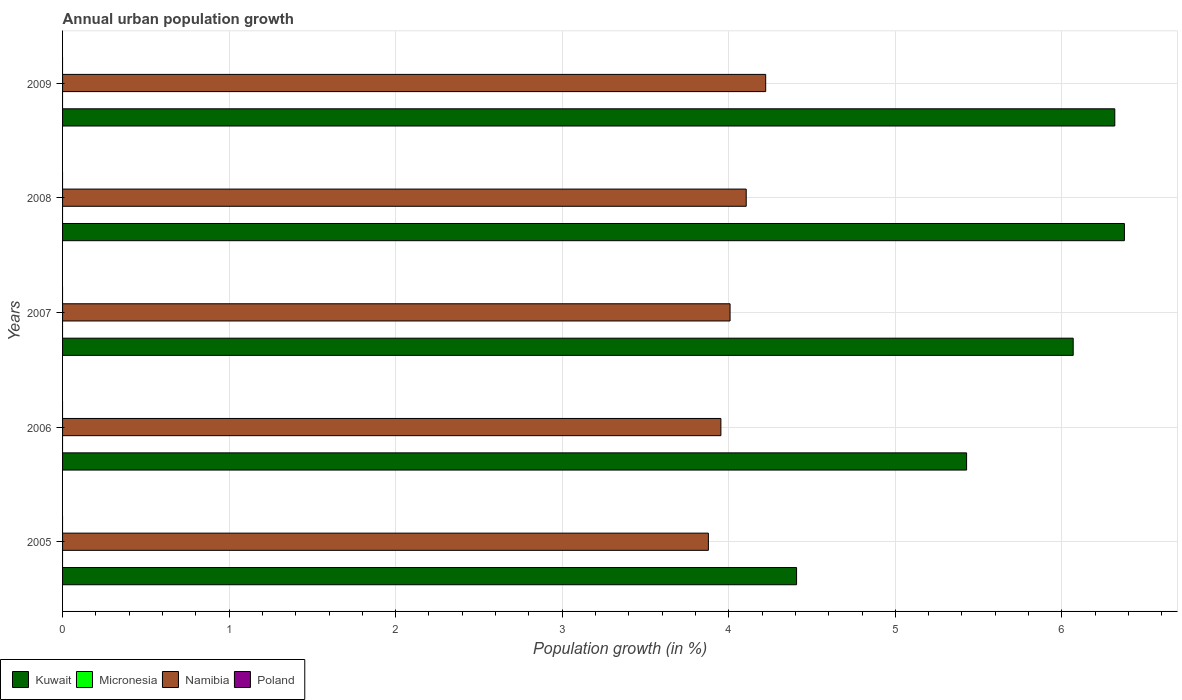
| Years | Kuwait | Micronesia | Namibia | Poland |
 | --- | --- | --- | --- | --- |
 | 2005 | 4.41 | -0.354 | 3.88 | -0.226 |
 | 2006 | 5.43 | -0.516 | 3.95 | -0.244 |
 | 2007 | 6.07 | -0.599 | 4.01 | -0.237 |
 | 2008 | 6.38 | -0.607 | 4.1 | -0.171 |
 | 2009 | 6.32 | -0.516 | 4.22 | -0.116 |